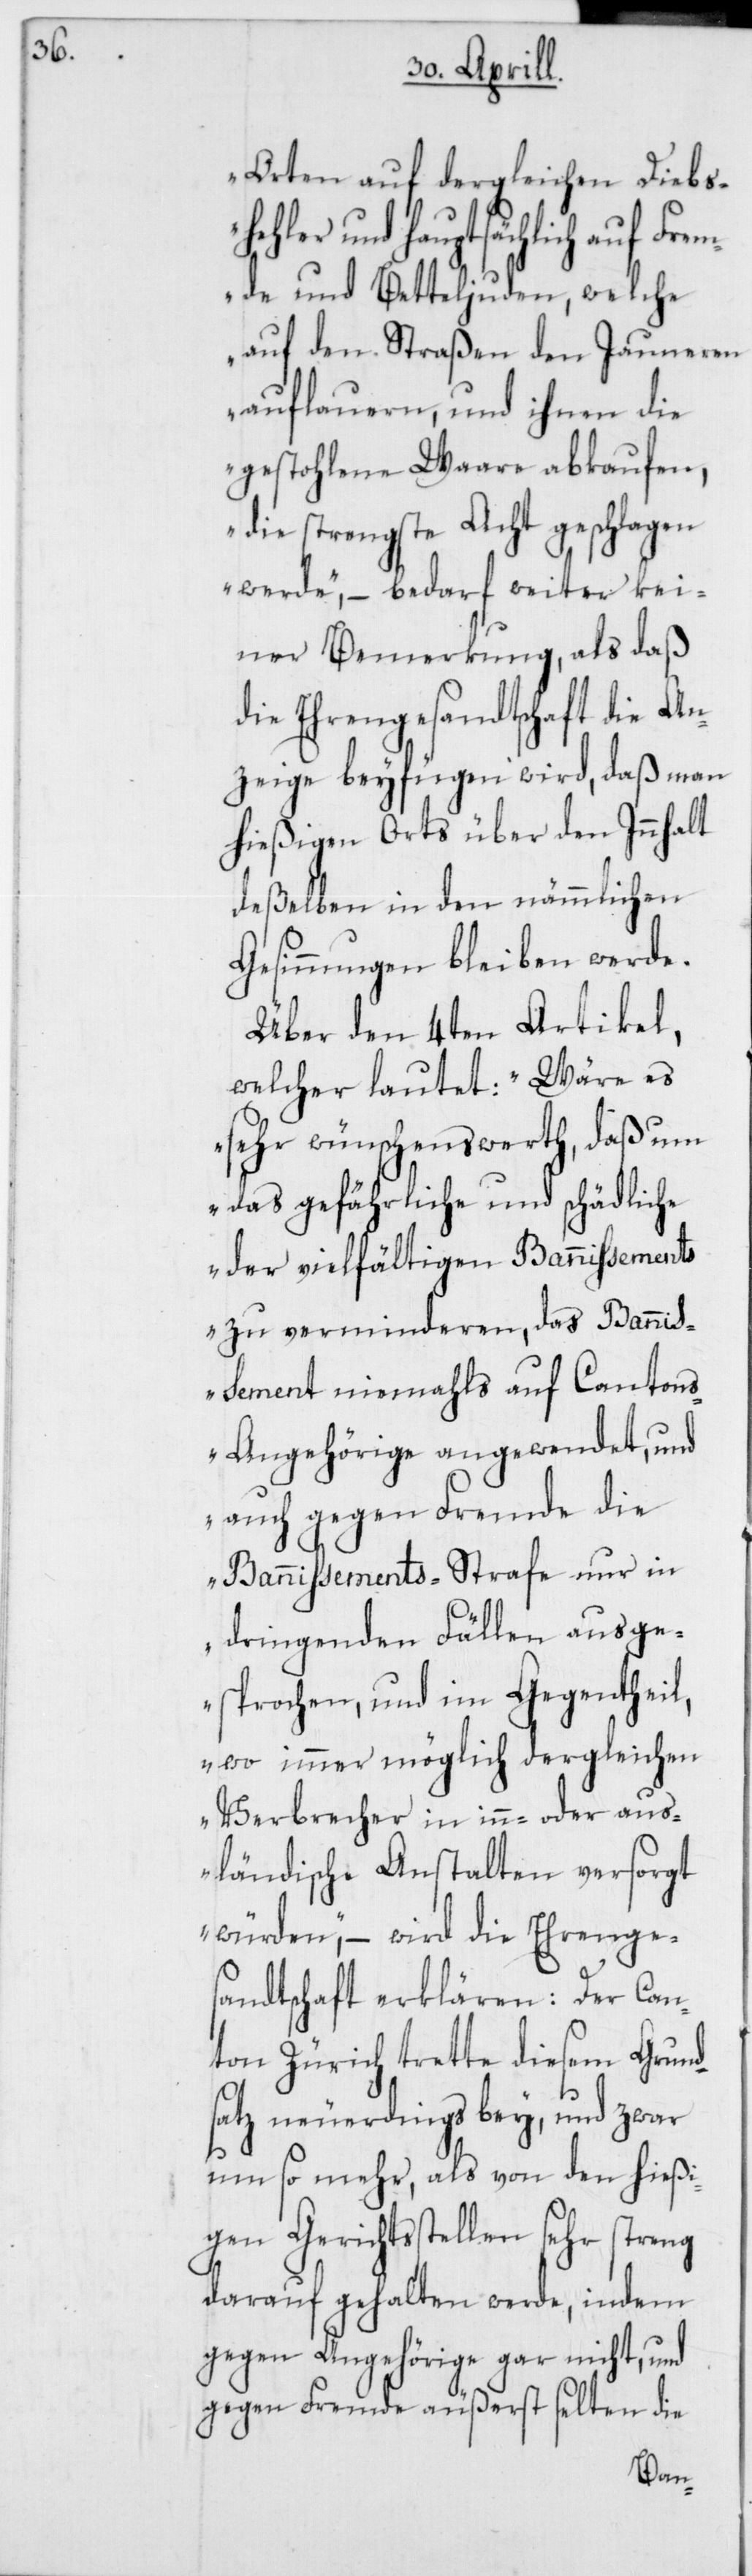
Orten auf dergleichen Diebs¬
hehler und hauptsächlich auf Frem¬
de und Betteljuden, welche
auf den Straßen den Jauneren
auflauern, und ihnen die
gestohlene Waare abkaufen,
die strengste Acht geschlagen
werde“, – bedarf weiter kei¬
ner Bemerkung, als daß
die Ehrengesandtschaft die An¬
zeige beyfügen wird, daß man
hießigen Orts über den Innhalt
deßelben in den nämmlichen
Gesinnungen bleiben werde.
Über den 4ten Artikel,
welcher lautet: „Wäre es
sehr wünschenswerth, daß um
das gefährliche und schädliche
der vielfältigen Bannißements
zu verminderen, das Banniß¬
ement niemahls auf Canton¬
s-Angehörige angewendet, und
auch gegen Fremde die
Bannißements-Strafe nur in
dringenden Fällen ausge¬
sprochen und im Gegentheil,
wo immer möglich dergleichen
Verbrecher in inn- oder aus¬
ländische Anstalten versorgt
würden“, – wird die Ehrenge¬
sandtschaft erklären: Der Can¬
ton Zürich trette diesem Grund¬
satz neuerdings bey, und zwar
um so mehr, als von den hießi¬
gen Gerichtsstellen sehr streng
darauf gehalten werde, indem
gegen Angehörige gar nicht, und
gegen Fremde äußerst selten die